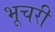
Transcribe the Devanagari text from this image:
भूचरी